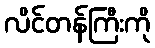
လိင်တန်ကြီးကို